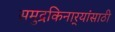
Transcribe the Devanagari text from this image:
समुद्रकिनार्‍यांसाठी